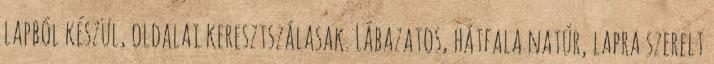
lapból készül, oldalai keresztszálasak. Lábazatos, hátfala natúr, lapra szerelt